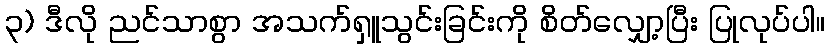
၃) ဒီလို ညင်သာစွာ အသက်ရှူသွင်းခြင်းကို စိတ်လျှော့ပြီး ပြုလုပ်ပါ။